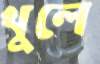
খুলে